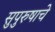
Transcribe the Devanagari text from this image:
सुपुरुषाचे